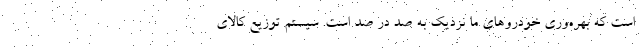
است که بهره‌وری خودروهای ما نزدیک به صد در صد است. سیستم توزیع کالای